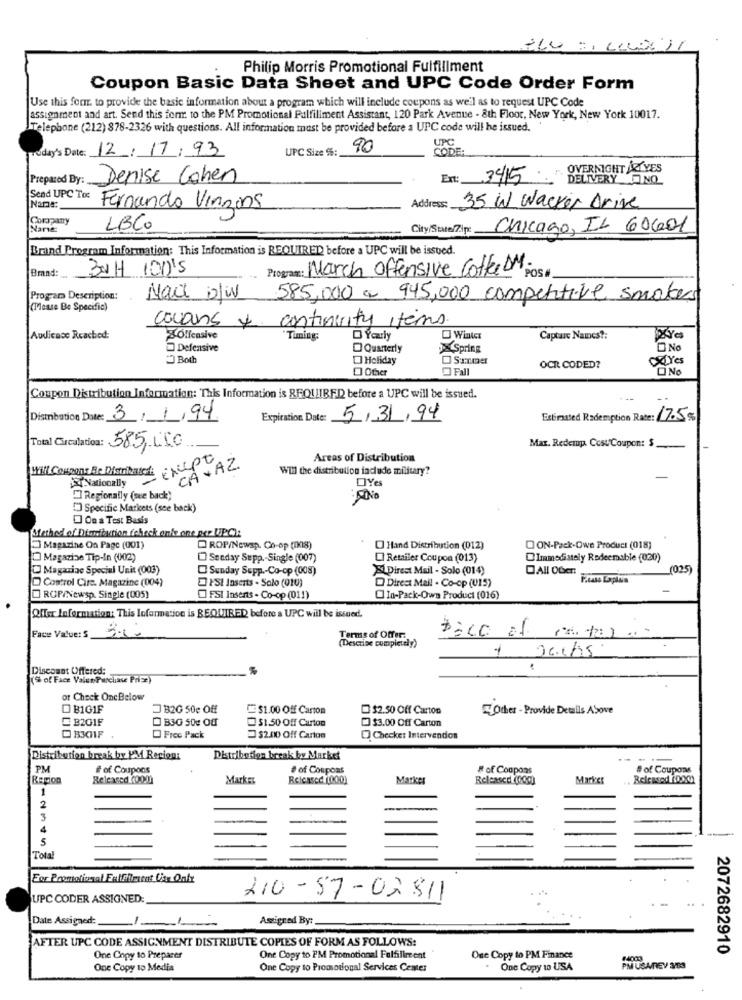
Philip Morris Promotional Fulfillment
Coupon Basic Data Sheet and UPC Code Order Form
Use this for. to provide the basic information about a program which will include coupons as well as to request UPC Code
assignment and art. Send this form to the PM Promotional Fulfillment Assistant, 120 Park Avenue - 8th Floor, New York, New York 10017.
Telephone (212) 878-2326 with questions. All information must be provided before a UPC code will he issued.
Today's Date: 12/17/ 93
UPC Size %:
90
UPC
CODE:
OVERNIGHT ARLYES
Prepared By:
Denise Cohen
Ext: 34/15
DELIVERY NO
Send UPC To:
Name:
Fernando Vinzins
Address: 35 W Wacker Drive
Company
Nane
LBCO
City/State/Zip:
Chicago, IL 60601
Brand Program Information: This Information is REQUIRED before a UPC will be issued.
Brand:
30H 100'5
Program: March Offensive Coffee DM Rosa
Program Description:
Mace D/w
585,000 € 945,000 competitive smokers
(Please Be Specific)
cocoons + continuity items.
Audicase Reached:
Offensive
Timing:
D Yearly
Captarc Naics ?:
Defensive
Quarterly
Spring
No
Both
Holiday
OR Yes
Fall
OCR CODED?
Coupon Distribution Information: This Information is REQUIRED before a UPC will be issued.
Distribution Date: 3/1/94
Expiration Date:
5/31/94
Estimated Redemption Rate: 17.5%
Max. Redempa. CostCoupon: $
Total Circulation: 585, 000
CA . AZ
Areas of Distribution
With Coupons Be Distributed: sept
Will the distribution include military?
&Nationally
OYe
Regionally (see back)
Specific Markets (see back)
On a Test Basis
Method of Diantiaction feheck enke one per UPC):
Magazine On Page (001)
ROP/Newsp. Co-op (008)
O Hand Distribution (012)
DON-Pack-Own Product (018)
Magazine Tip-In (002)
Senday Supp .- Single (007)
Retailer Coupon (013)
Immediately Redeemable (020)
Magazine Special Unit (003)
Sunday Supp .- Co-op (008)
Direct Mail - Solo (014)
1025)
Control Cire. Magazine (004)
PSI Inserts . Solo (010)
Direct Mail . Co-op (U15)
ROP/Newsp. Single (005)
FSI Inserts - Co-op (011)
In-Pack-Ows Product (016)
Offer Information: This Information is REQUIRED before a UPC will be issued.
Face Value: S
Terms of Offer:
(Descrive completely)
Discount Offered:
(% of Face ValenParciase Prise)
or Check OneBelow
DB101F
JB2G 50c Off
$1.00 Off Carton
D$2.50 Off Carton
Other - Provide Details Above
B201F
B3G 50€ OU
$1.50 Off Curton
$3.00 Off Carton
O B301F
Free Pack
$2.00 Off Carton
Checke: Intervendon
Distribution break by PM Regioni
Distribution break by Market
PM
#of Coupons
# of Coupons
# of Coupons
# of Coupons
Region
Released (oom
Marker
Marker
Released (0og
Marker
1
2
3
4
5
Total
UPC CODER ASSIGNED
210-57-02811
Date Assigned:
--
Asigned By:
AFTER UPC CODE ASSIGNMENT DISTRIBUTE COPIES OF FORM AS FOLLOWS:
2072682910
One Copy to Preparer
One Copy to PM Promotional Fulfillment
One Copy to PM Finance
#4003
One Copy to Media
One Copy to Promotional Services Center
One Copy 10 USA
PM USAREV 3/53